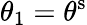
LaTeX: \theta_{1}=\theta^{\mathrm{s}}